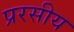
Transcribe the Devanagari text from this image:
प्ररसीय